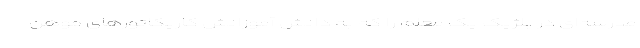
مدرسه‌ای در بلژیک یک معلم را که به دانش آموزانش کاریکاتورهای موهن